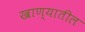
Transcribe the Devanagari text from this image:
खाण्यातील